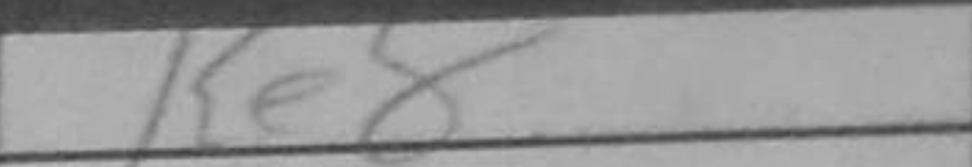
Transcription: Ke8